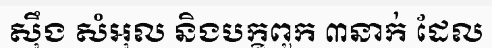
ស៊ឹង សំអុល និងបក្ខពួក ៣នាក់ ដែល